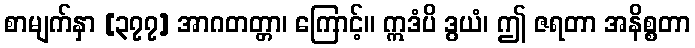
စာမျက်နှာ [၃၇၇] အာဂတတ္တာ၊ ကြောင့်။ ဣဒံပိ ဒွယံ၊ ဤ ဇရတာ အနိစ္စတာ